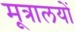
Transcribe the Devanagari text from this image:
मूत्रालयों